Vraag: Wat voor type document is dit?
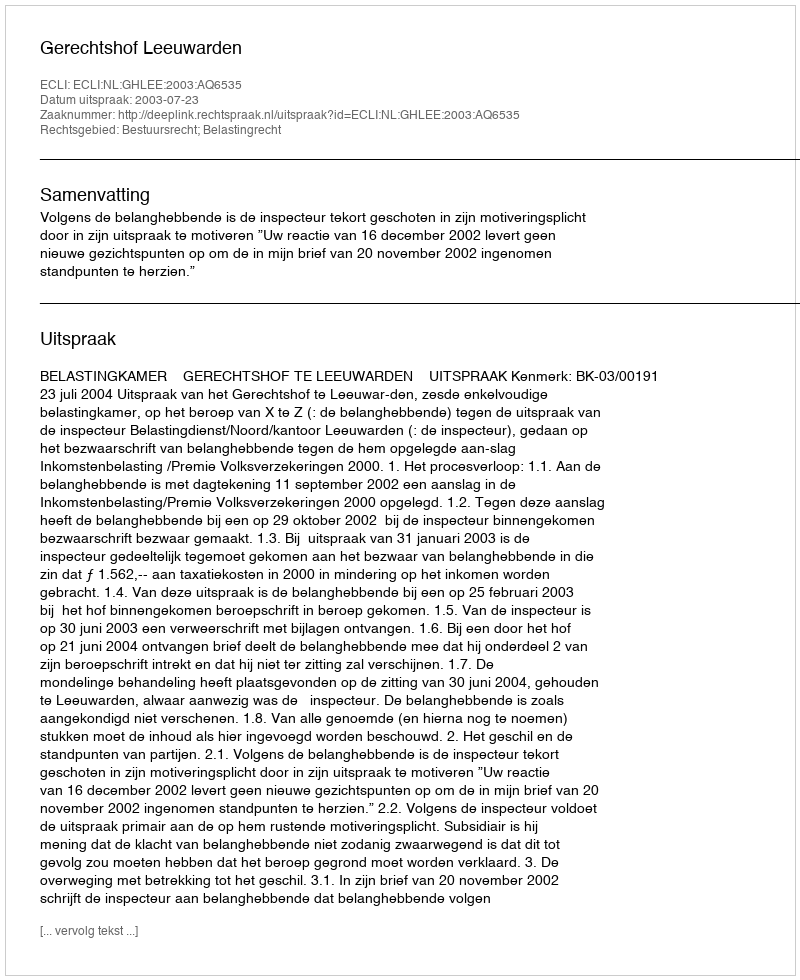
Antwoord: Uitspraak